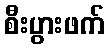
စီးပွားဖက်